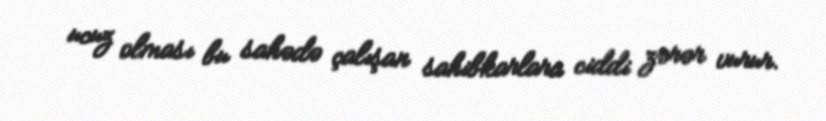
ucuz olması bu sahədə çalışan sahibkarlara ciddi zərər vurur.